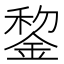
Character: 錅